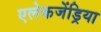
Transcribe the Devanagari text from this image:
एलेकजेंड्रिया